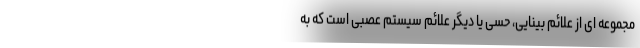
مجموعه ای از علائم بینایی، حسی یا دیگر علائم سیستم عصبی است که به